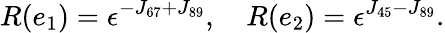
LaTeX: R(e_{1})=\epsilon^{-J_{67}+J_{89}},\quad R(e_{2})=\epsilon^{J_{45}-J_{89}}.